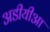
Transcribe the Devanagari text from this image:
अडीयीआ